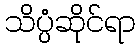
သိပ္ပံဆိုင်ရာ